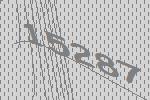
15287